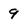
Character: 9